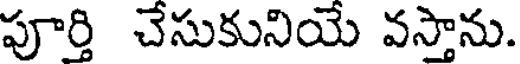
పూర్తి చేసుకునియే వస్తాను.